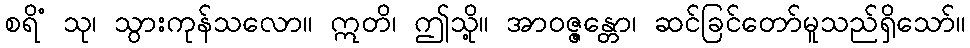
စရိံ သု၊ သွားကုန်သလော။ ဣတိ၊ ဤသို့။ အာဝဇ္ဇန္တော၊ ဆင်ခြင်တော်မူသည်ရှိသော်။